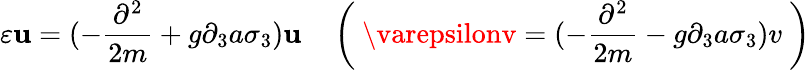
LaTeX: \varepsilon\mathbf{u}=(-\frac{{\partial^{2}}}{{2m}}+g\partial_{3}a\sigma_{3})\mathbf{u}\quad\left(\ \varepsilonv=(-\frac{{\partial^{2}}}{{2m}}-g\partial_{3}a\sigma_{3})v\ \right)